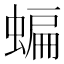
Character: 蝙